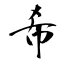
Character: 希